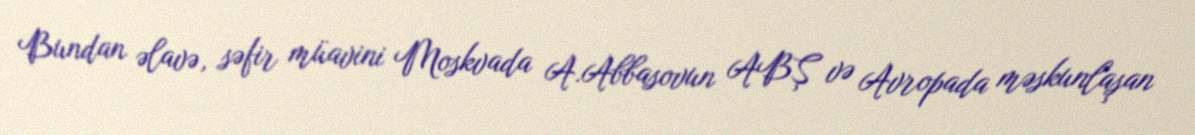
Bundan əlavə, səfir müavini Moskvada A.Abbasovun ABŞ və Avropada məskunlaşan